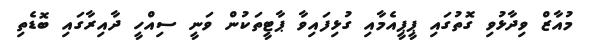
މުއާޒް ވިދާޅުވި ގޮތުގައި ޕީޕީއެމާއި ގުޅިފައިވާ ޕާޓީތަކުން ވަނީ ސިއްހީ ދާއިރާގައި ބޮޑެތި